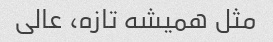
مثل همیشه تازه، عالی